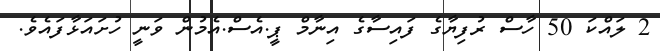
2 ލައްކަ 50 ހާސް ރުފިޔާގެ ފައިސާގެ އިނާމް ޕީ.އެސް.އެމުން ވަނީ ހުށައަޅާފައެވެ.